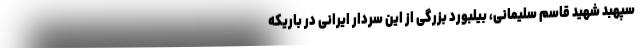
سپهبد شهید قاسم سلیمانی، بیلبورد بزرگی از این سردار ایرانی در باریکه